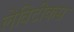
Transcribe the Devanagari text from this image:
लेविटीकस